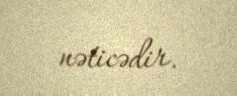
nəticədir.